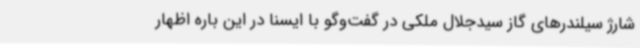
شارژ سیلندرهای گاز سیدجلال ملکی در گفت‌وگو با ایسنا در این باره اظهار